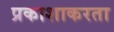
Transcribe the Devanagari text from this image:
प्रकाशाकरता